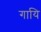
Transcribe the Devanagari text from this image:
गायि